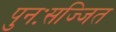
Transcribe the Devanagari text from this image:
पुनःसज्जित